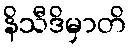
နိသီဒိမှာတိ